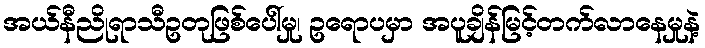
အယ်နီညိုရာသီဥတုဖြစ်ပေါ်မှု၊ ဥရောပမှာ အပူချိန်မြင့်တက်လာနေမှုနဲ့